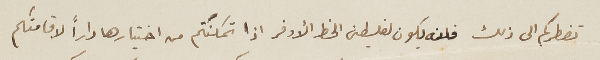
تضطركم الى ذلك فلن يكون لفلسطين الحظ الأوفر اذا تمكنتم من اختيارها داراً لاقامتكم